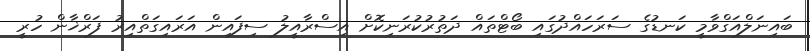
ބައިނަލްއަގްވާމީ ކަނޑުގެ ސަރަހައްދުގައި ބޯޓްތައް ދަތުރުކުރަނިކޮށް އިސްރާއީލު ސިފައިން އަރައިގަތްއިރު ފަރްޚާން ހުރީ